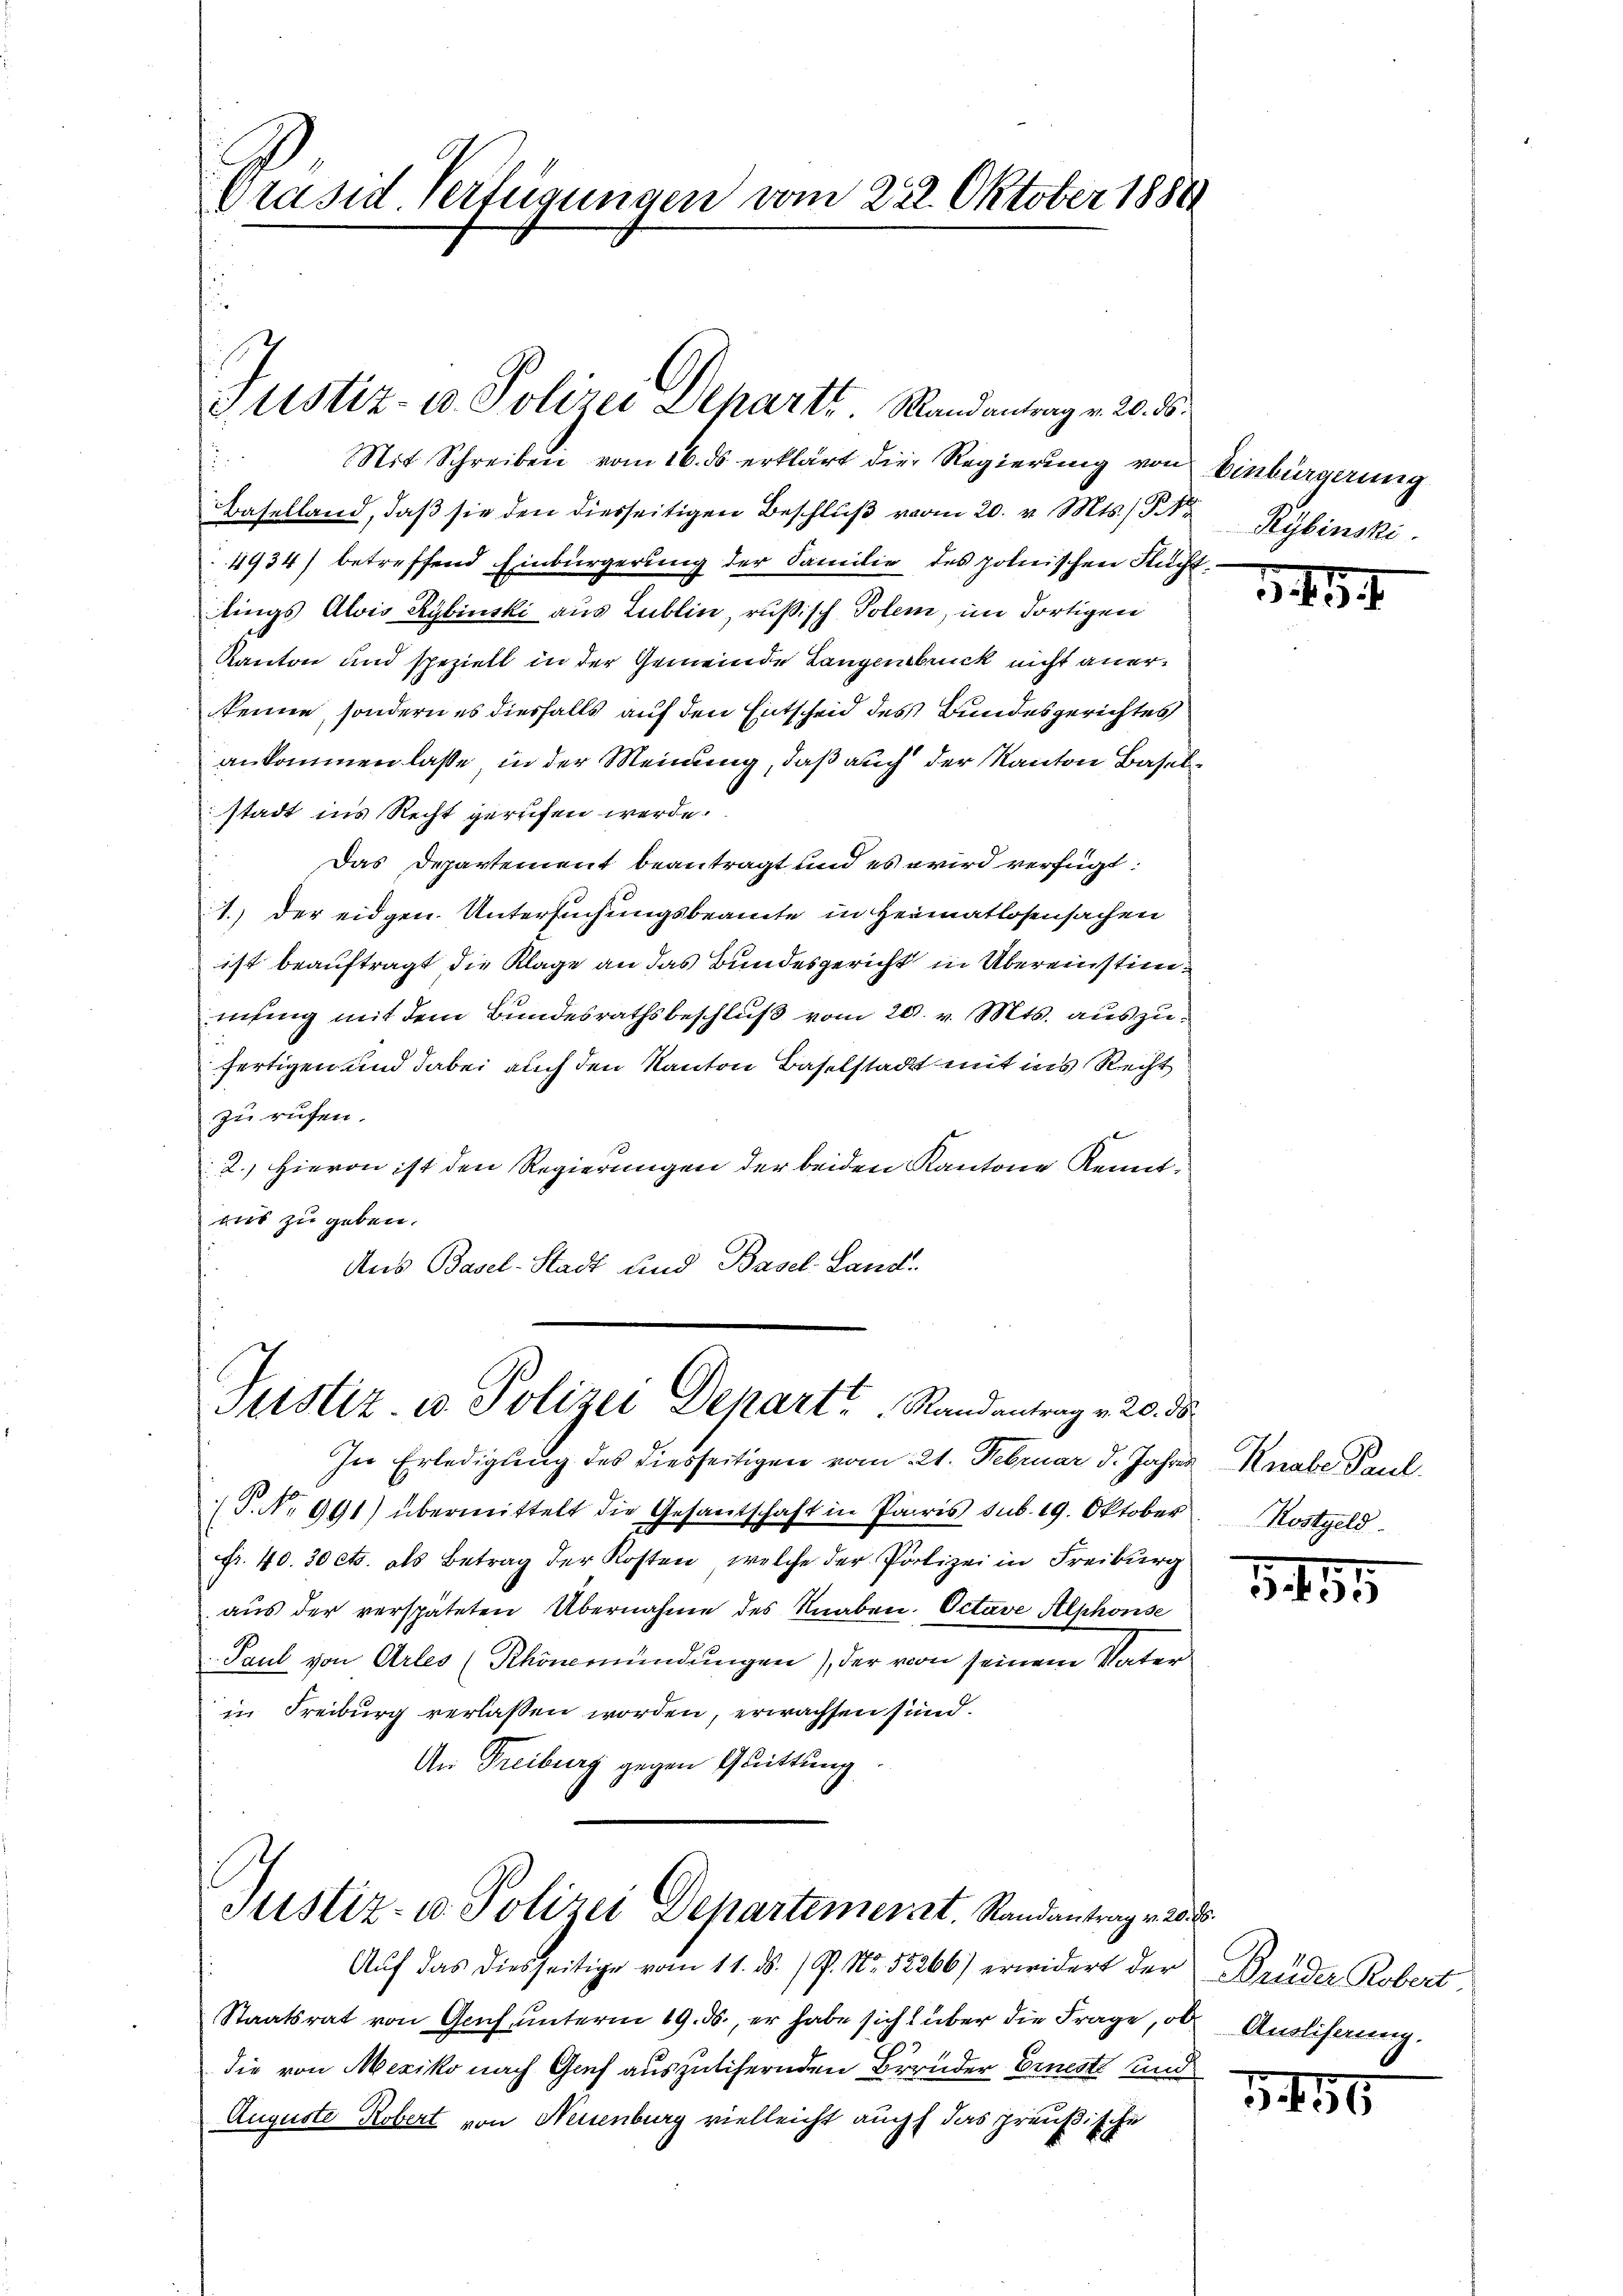
Grasid Verfügungen vom 222. Oktober 1880

u
Sit Schreiben vom 16. ds erklärt die Regierung von Einbürgerung
Baselland, daβ sie den diesseitigen Beschlŭβ vom 20. v. Mts., Kybinski
4934) betreffend Einbürgerung der Familie des polnischen Fluchtlings Alois Rybinski aus Lublin, rußisch Polem, im dortigen
Kanton und speziell in der Gemeinde Langenbruck nicht anerkenne, sondern es diesfalls auf den Entscheid des Bundesgerichtes
ankommen lasse, in der Meinung, daß auch der Kanton Basel
stadt ins Recht gerufen werde.
Das Departement beantragt und es wird verfügt:
1.) Der eidgen. Untersuchungsbeamte in Heimatlosensachen
ist beauftragt die Klage an das Bundesgericht in Übereinstimmung mit dem Bundesrathsbeschluß vom 20. v. Mts. auszufertigen und dabei auch den Kanton Baselstadt mit ins Recht
zu rufen.
2.) Hievon ist den Regierungen der beiden Kantone Kenntmit zu geben.
Aus Basel-Stadt und Basel-Land-

Justiz- u. Polizei Departi. Mandantrag v. 20. 8.

Justiz u. Polizei Depart Randantrag v. 20. ds.

Justiz- u. Polizei Departement. Randantrag v. 20. d.

Auf das diesseitige vom 11. ds. / P. Nr. 52266) erwidert der Brüder Robert.
Staatsrat von Genf unterm 19. ds., er habe sich über die Frage, ob Auslisaung.
die von Mexiko nach Gach auszulichernden Bruder Erneste und
Auguste Robert von Neuenburg vielleicht auch das preußische

In Erledigung des diesseitigen vom 21. Februar d. Jahres
(P. Nr. 991) übermittelt die Gesandschaft in Paris sub. 19. Oktober
fr. 40. 30 cts. als Betrag der Kosten, welche der Polizei in Freiburg
aŭs der verspäteten Übernahme des Knaben. Octave Alphonse
Paul von Arles (Rhönmündungen), der von seinem Vater
in Freiburg verlassen worden, erwachsen sind.
An Freiburg gegen Quittung

3. 459

Knabe Paul.
Kostgeld.

1455

5456